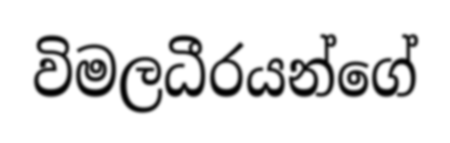
විමලධීරයන්ගේ